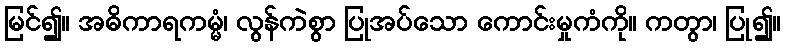
မြင်၍။ အဓိကာရကမ္မံ၊ လွန်ကဲစွာ ပြုအပ်သော ကောင်းမှုကံကို။ ကတွာ၊ ပြု၍။